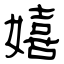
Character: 嬉